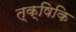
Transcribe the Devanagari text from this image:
त्क्षिकि